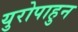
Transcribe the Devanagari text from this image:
युरोपाहुन